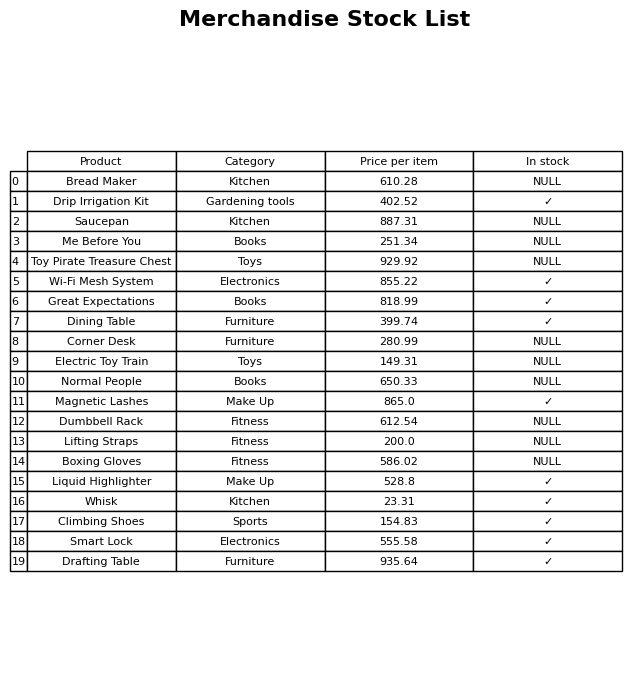
question: What is the price for Normal People?
answer: The price of Normal People is 650.33.